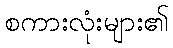
စကားလုံးများ၏